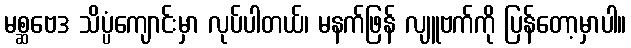
မစ္ဆဗေဒ သိပ္ပံကျောင်းမှာ လုပ်ပါတယ်၊ မနက်ဖြန် လျူဗက်ကို ပြန်တော့မှာပါ။